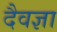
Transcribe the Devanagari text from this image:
दैवज्ञा